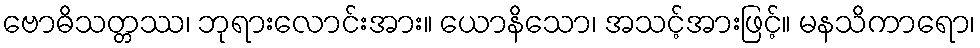
ဗောဓိသတ္တဿ၊ ဘုရားလောင်းအား။ ယောနိသော၊ အသင့်အားဖြင့်။ မနသိကာရော၊